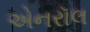
એનરૉલ